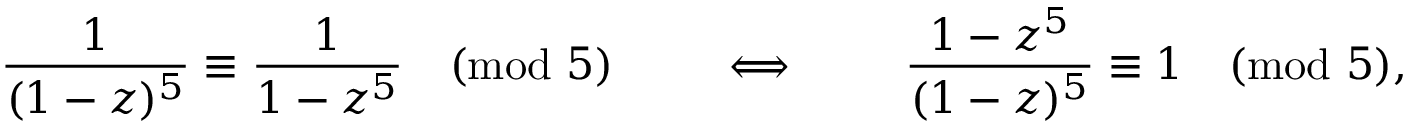
{ \frac { 1 } { ( 1 - z ) ^ { 5 } } } \equiv { \frac { 1 } { 1 - z ^ { 5 } } } { \pmod { 5 } } \qquad \iff \qquad { \frac { 1 - z ^ { 5 } } { ( 1 - z ) ^ { 5 } } } \equiv 1 { \pmod { 5 } } ,